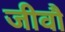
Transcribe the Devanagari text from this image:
जीवौ